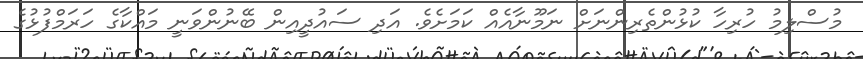
މުސްލިމު ހުރިހާ ކުޅުންތެރިންނަށް ނަމޫނާއެއް ކަމަށެވެ. އަދި ސައުދީއިން ބޭނުންވަނީ މައްކާގެ ހަރަމްފުޅުގެ